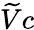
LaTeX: \widetilde{V}c